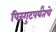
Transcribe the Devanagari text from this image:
पिरंगुटपर्यंतचे